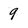
Character: 9